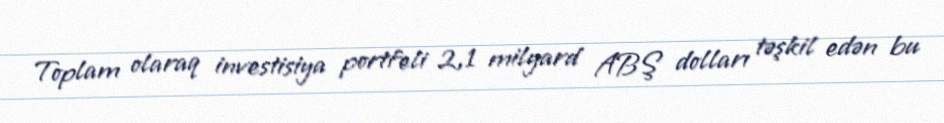
Toplam olaraq investisiya portfeli 2,1 milyard ABŞ dolları təşkil edən bu